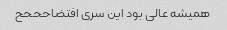
همیشه عالی بود این سری افتضاحححح